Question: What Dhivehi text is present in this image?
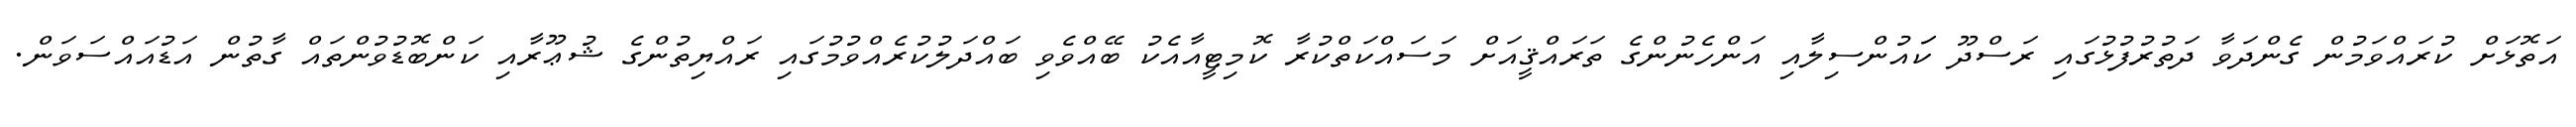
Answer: އަތޮޅަށް ކުރައްވަމުން ގެންދަވާ ދަތުރުފުޅުގައި ރަސްދޫ ކަައުންސިލާއި އަންހެނުންގެ ތަރައްޤީއަށް މަސައްކަތްކުރާ ކޮމިޓީއާއެކު ބޭއްވެވި ބައްދަލުކުރެއްވުމުގައި ރައްޔިތުންގެ ޝުޢޫރާއި ކަންބޮޑުވުންތައް ގާތުން އަޑުއައްސަވަން.